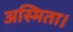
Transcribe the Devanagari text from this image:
अस्मिता।